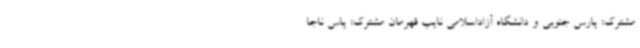
مشترک: پارس جنوبی و دانشگاه آزاداسلامی نایب قهرمان مشترک: پاس ناجا